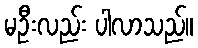
မဦးလည်း ပါလာသည်။